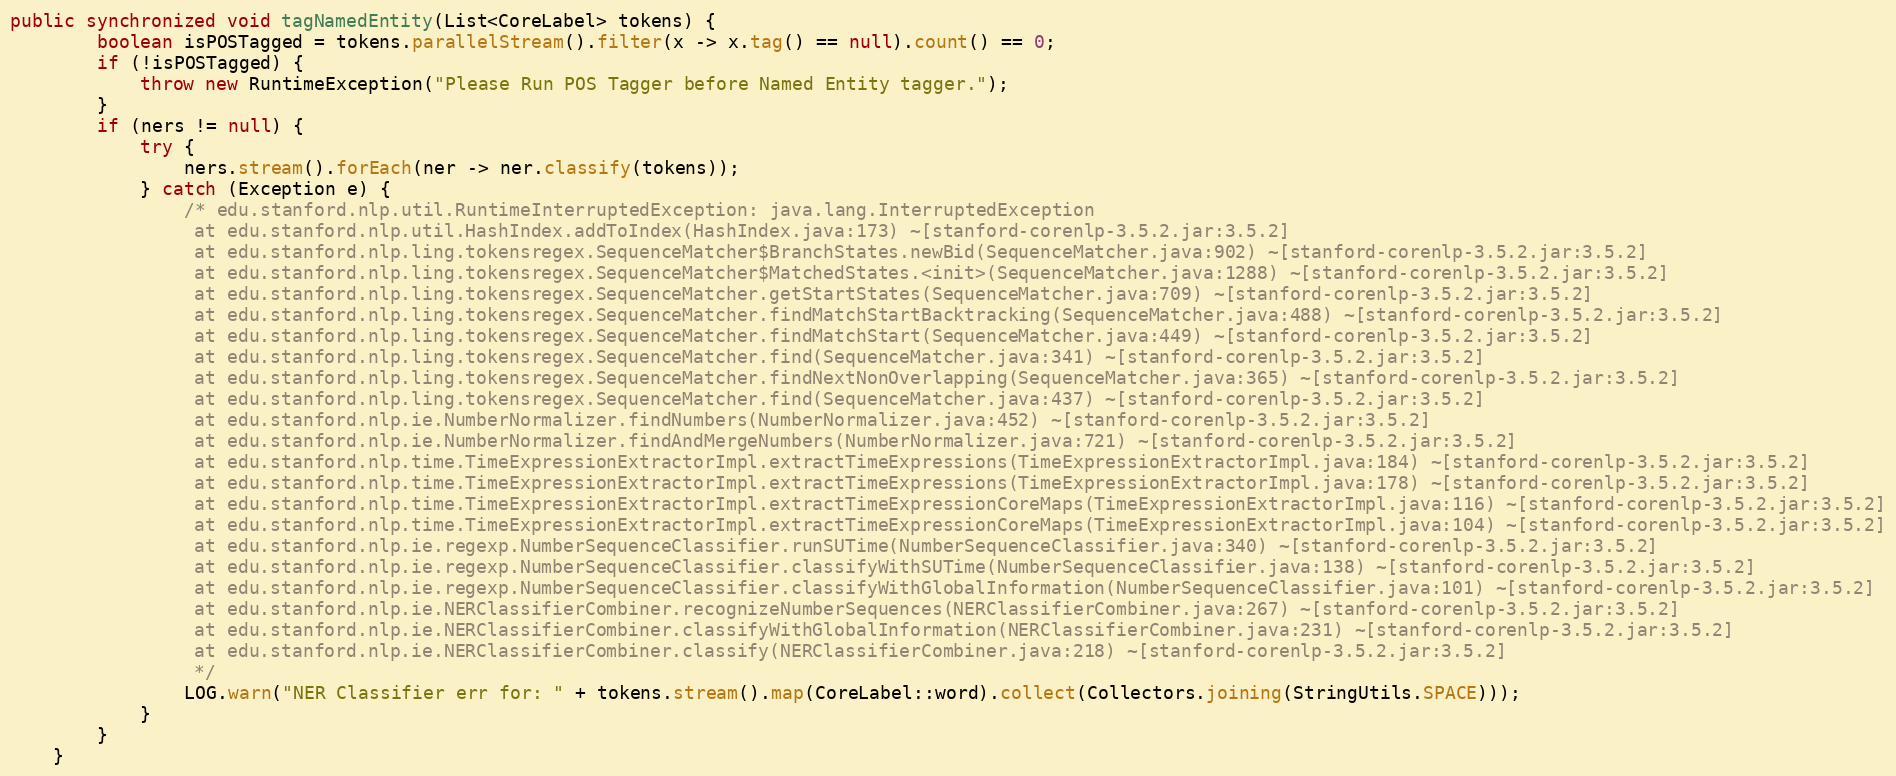
Language: Java
public synchronized void tagNamedEntity(List<CoreLabel> tokens) {
        boolean isPOSTagged = tokens.parallelStream().filter(x -> x.tag() == null).count() == 0;
        if (!isPOSTagged) {
            throw new RuntimeException("Please Run POS Tagger before Named Entity tagger.");
        }
        if (ners != null) {
            try {
                ners.stream().forEach(ner -> ner.classify(tokens));
            } catch (Exception e) {
                /* edu.stanford.nlp.util.RuntimeInterruptedException: java.lang.InterruptedException
                 at edu.stanford.nlp.util.HashIndex.addToIndex(HashIndex.java:173) ~[stanford-corenlp-3.5.2.jar:3.5.2]
                 at edu.stanford.nlp.ling.tokensregex.SequenceMatcher$BranchStates.newBid(SequenceMatcher.java:902) ~[stanford-corenlp-3.5.2.jar:3.5.2]
                 at edu.stanford.nlp.ling.tokensregex.SequenceMatcher$MatchedStates.<init>(SequenceMatcher.java:1288) ~[stanford-corenlp-3.5.2.jar:3.5.2]
                 at edu.stanford.nlp.ling.tokensregex.SequenceMatcher.getStartStates(SequenceMatcher.java:709) ~[stanford-corenlp-3.5.2.jar:3.5.2]
                 at edu.stanford.nlp.ling.tokensregex.SequenceMatcher.findMatchStartBacktracking(SequenceMatcher.java:488) ~[stanford-corenlp-3.5.2.jar:3.5.2]
                 at edu.stanford.nlp.ling.tokensregex.SequenceMatcher.findMatchStart(SequenceMatcher.java:449) ~[stanford-corenlp-3.5.2.jar:3.5.2]
                 at edu.stanford.nlp.ling.tokensregex.SequenceMatcher.find(SequenceMatcher.java:341) ~[stanford-corenlp-3.5.2.jar:3.5.2]
                 at edu.stanford.nlp.ling.tokensregex.SequenceMatcher.findNextNonOverlapping(SequenceMatcher.java:365) ~[stanford-corenlp-3.5.2.jar:3.5.2]
                 at edu.stanford.nlp.ling.tokensregex.SequenceMatcher.find(SequenceMatcher.java:437) ~[stanford-corenlp-3.5.2.jar:3.5.2]
                 at edu.stanford.nlp.ie.NumberNormalizer.findNumbers(NumberNormalizer.java:452) ~[stanford-corenlp-3.5.2.jar:3.5.2]
                 at edu.stanford.nlp.ie.NumberNormalizer.findAndMergeNumbers(NumberNormalizer.java:721) ~[stanford-corenlp-3.5.2.jar:3.5.2]
                 at edu.stanford.nlp.time.TimeExpressionExtractorImpl.extractTimeExpressions(TimeExpressionExtractorImpl.java:184) ~[stanford-corenlp-3.5.2.jar:3.5.2]
                 at edu.stanford.nlp.time.TimeExpressionExtractorImpl.extractTimeExpressions(TimeExpressionExtractorImpl.java:178) ~[stanford-corenlp-3.5.2.jar:3.5.2]
                 at edu.stanford.nlp.time.TimeExpressionExtractorImpl.extractTimeExpressionCoreMaps(TimeExpressionExtractorImpl.java:116) ~[stanford-corenlp-3.5.2.jar:3.5.2]
                 at edu.stanford.nlp.time.TimeExpressionExtractorImpl.extractTimeExpressionCoreMaps(TimeExpressionExtractorImpl.java:104) ~[stanford-corenlp-3.5.2.jar:3.5.2]
                 at edu.stanford.nlp.ie.regexp.NumberSequenceClassifier.runSUTime(NumberSequenceClassifier.java:340) ~[stanford-corenlp-3.5.2.jar:3.5.2]
                 at edu.stanford.nlp.ie.regexp.NumberSequenceClassifier.classifyWithSUTime(NumberSequenceClassifier.java:138) ~[stanford-corenlp-3.5.2.jar:3.5.2]
                 at edu.stanford.nlp.ie.regexp.NumberSequenceClassifier.classifyWithGlobalInformation(NumberSequenceClassifier.java:101) ~[stanford-corenlp-3.5.2.jar:3.5.2]
                 at edu.stanford.nlp.ie.NERClassifierCombiner.recognizeNumberSequences(NERClassifierCombiner.java:267) ~[stanford-corenlp-3.5.2.jar:3.5.2]
                 at edu.stanford.nlp.ie.NERClassifierCombiner.classifyWithGlobalInformation(NERClassifierCombiner.java:231) ~[stanford-corenlp-3.5.2.jar:3.5.2]
                 at edu.stanford.nlp.ie.NERClassifierCombiner.classify(NERClassifierCombiner.java:218) ~[stanford-corenlp-3.5.2.jar:3.5.2]
                 */
                LOG.warn("NER Classifier err for: " + tokens.stream().map(CoreLabel::word).collect(Collectors.joining(StringUtils.SPACE)));
            }
        }
    }